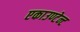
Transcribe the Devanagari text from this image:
एकाउण्टेन्ट